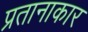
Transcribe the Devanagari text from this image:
प्रतानाकार